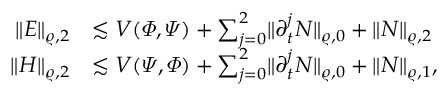
\begin{array} { r l } { \lVert E \rVert _ { \varrho , 2 } } & { \lesssim V ( \varPhi , \varPsi ) + \sum _ { j = 0 } ^ { 2 } \lVert \partial _ { t } ^ { j } N \rVert _ { \varrho , 0 } + \lVert N \rVert _ { \varrho , 2 } } \\ { \lVert H \rVert _ { \varrho , 2 } } & { \lesssim V ( \varPsi , \varPhi ) + \sum _ { j = 0 } ^ { 2 } \lVert \partial _ { t } ^ { j } N \rVert _ { \varrho , 0 } + \lVert N \rVert _ { \varrho , 1 } , } \end{array}